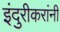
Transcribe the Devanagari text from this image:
इंदुरीकरांनी